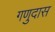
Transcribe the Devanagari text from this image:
गणुदास